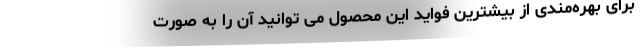
برای بهره‌مندی از بیشترین فواید این محصول می توانید آن را به صورت